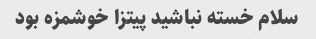
سلام خسته نباشید پیتزا خوشمزه بود